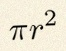
\pi r^2